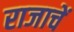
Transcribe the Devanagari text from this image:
राजाचें